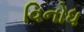
વિનોધ